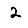
Digit: 2